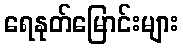
ရေနုတ်မြောင်းများ